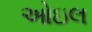
ઓઇલ